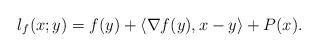
LaTeX: \begin{align*}l_{f}(x;y)=f(y)+\langle\nabla f(y),x-y\rangle+P(x).\end{align*}